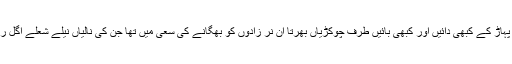
وہ اپنے پہاڑ کے کبھی دائیں اور کبھی بائیں طرف چوکڑیاں بھرتا ان نر زادوں کو بھگانے کی سعی میں تھا جن کی نالیاں نیلے شعلے اگل رہی تھیں۔